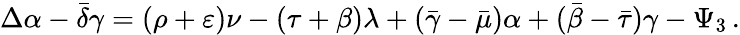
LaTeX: \Delta\alpha-{\bar{\delta}}\gamma=(\rho+\varepsilon)\nu-(\tau+\beta)\lambda+({\bar{\gamma}}-{\bar{\mu}})\alpha+({\bar{\beta}}-{\bar{\tau}})\gamma-\Psi_{3}\, .